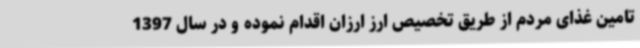
تامین غذای مردم از طریق تخصیص ارز ارزان اقدام نموده و در سال 1397